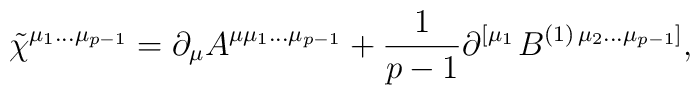
\tilde \chi ^{\mu _1\ldots \mu _{p-1}}=\partial _\mu A^{\mu \mu_1\ldots \mu _{p-1}}+\frac 1{p-1}\partial ^{\left[ \mu _1\right.}B^{(1)\left. \mu _2\ldots \mu _{p-1}\right] },